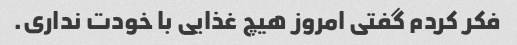
فکر کردم گفتی امروز هیچ غذایی با خودت نداری.